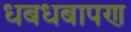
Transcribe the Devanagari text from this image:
धबधबापण